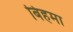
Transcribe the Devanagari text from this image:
बिहमा